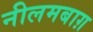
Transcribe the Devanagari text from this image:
नीलमबाग़